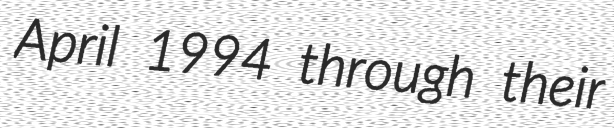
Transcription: April 1994 through their